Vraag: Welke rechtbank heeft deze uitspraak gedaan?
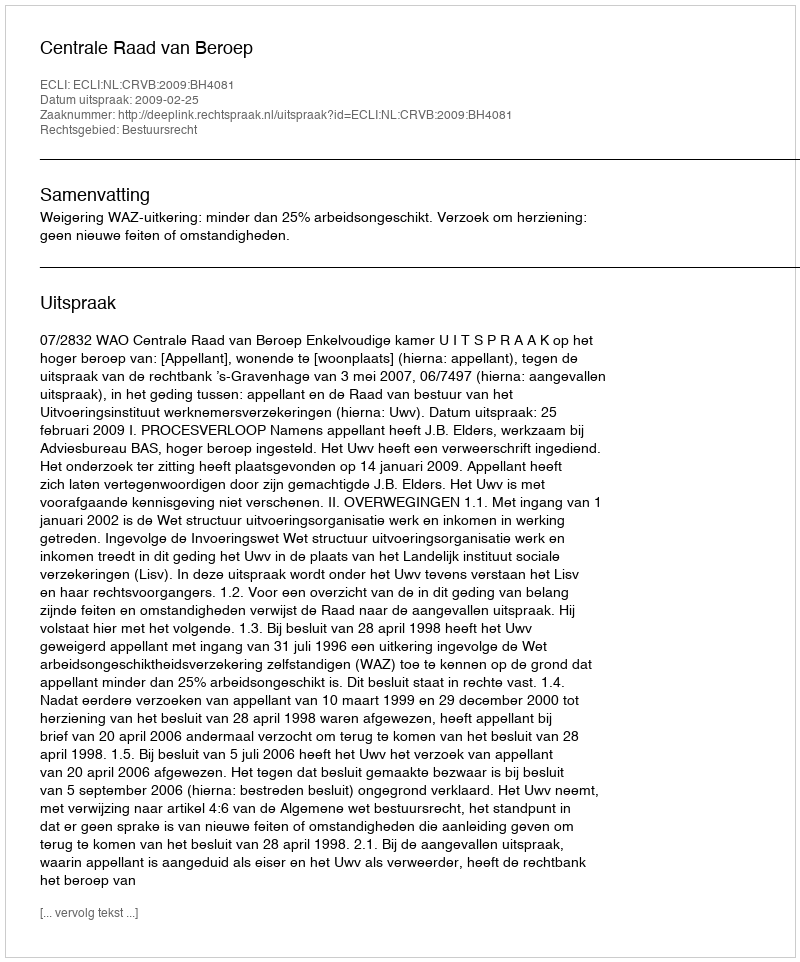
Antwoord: Centrale Raad van Beroep